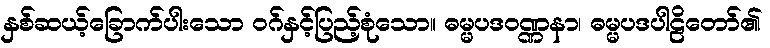
နှစ်ဆယ့်ခြောက်ပါးသော ဝဂ်နှင့်ပြည့်စုံသော။ ဓမ္မပဒဝဏ္ဏနာ၊ ဓမ္မပဒပါဠိတော်၏